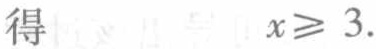
得 \(x\geqslant 3\).